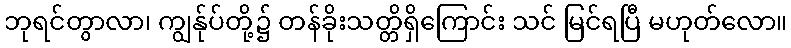
ဘုရင်တွာလာ၊ ကျွန်ုပ်တို့၌ တန်ခိုးသတ္တိရှိကြောင်း သင် မြင်ရပြီ မဟုတ်လော။